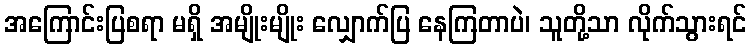
အကြောင်းပြစရာ မရှိ အမျိုးမျိုး လျှောက်ပြ နေကြတာပဲ၊ သူတို့သာ လိုက်သွားရင်